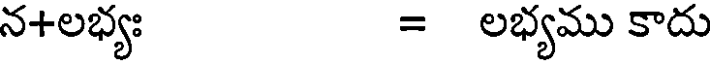
న+లభ్యః = లభ్యము కాదు